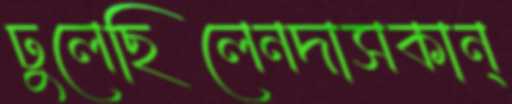
ঢুলেছিলেনদাসকান্